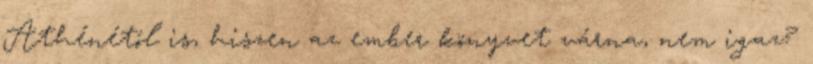
Athénétól is, hiszen az ember könyvet várna, nem igaz?